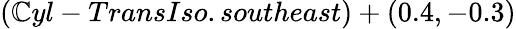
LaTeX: (\mathbb{C}yl-TransIso.southeast)+(0.4,-0.3)